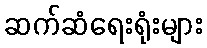
ဆက်ဆံရေးရုံးများ